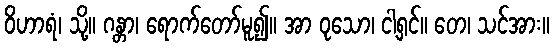
ဝိဟာရံ၊ သို့။ ဂန္တာ၊ ရောက်တော်မူ၍။ အာ ဝုသော၊ ငါ့ရှင်။ တေ၊ သင်အား။